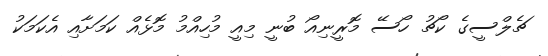
ޗެލްސީގެ ކޯޗު ހޯސޭ މޮރީނިއޯ ބުނީ މިއީ މުހިއްމު މޮޅެއް ކަމަށާއި އެކަމަކު